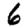
Digit: 6